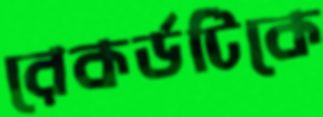
রেকর্ডটিকে